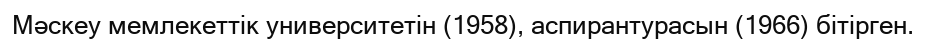
Мәскеу мемлекеттік университетін (1958), аспирантурасын (1966) бітірген.